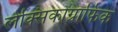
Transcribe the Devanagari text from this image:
लेक्सिकोग्राफिक